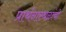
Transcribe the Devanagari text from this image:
प्रार्थनास्थळांची